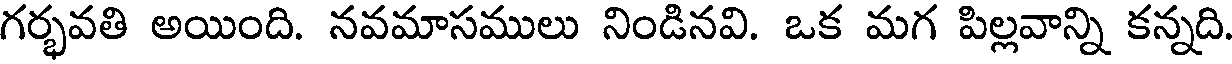
గర్భవతి అయింది. నవమాసములు నిండినవి. ఒక మగ పిల్లవాన్ని కన్నది